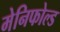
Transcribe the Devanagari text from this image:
मेनिफोल्ड